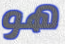
هو